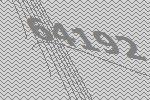
64192